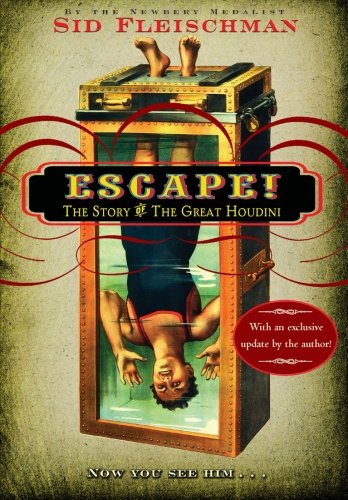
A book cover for Escape!: The Story of The Great Houdini; Sid Fleischman; Children's Books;